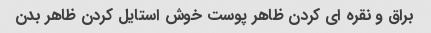
براق و نقره ای کردن ظاهر پوست خوش استایل کردن ظاهر بدن